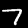
Label: 7